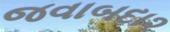
જવાબદા૨